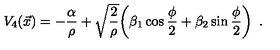
V _ { 4 } ( \vec { x } ) = - { \frac { \alpha } { \rho } } + \sqrt { \frac { 2 } { \rho } } \bigg ( \beta _ { 1 } \cos { \frac { \phi } { 2 } } + \beta _ { 2 } \sin { \frac { \phi } { 2 } } \bigg ) \enspace .